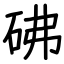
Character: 砩